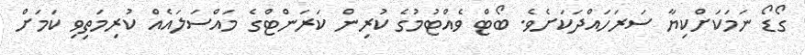
ގޯޑޯ ނަމަކަށްކިޔާ ސަރަހައްދަކަށެވެ. ބޯޓް ވެއްޓުމުގެ ކުރިން ކަރަންޓްގެ މައްސަލައެއް ކުރިމަތިވި ކަމަށް